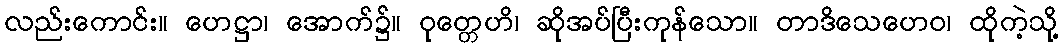
လည်းကောင်း။ ဟေဋ္ဌာ၊ အောက်၌။ ဝုတ္တေဟိ၊ ဆိုအပ်ပြီးကုန်သော။ တာဒိသေဟေဝ၊ ထိုကဲ့သို့